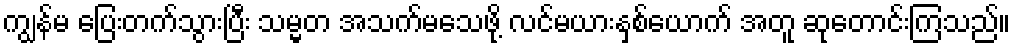
ကျွန်မ ပြေးတက်သွားပြီး သမ္မတ အသက်မသေဖို့ လင်မယားနှစ်ယောက် အတူ ဆုတောင်းကြသည်။